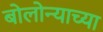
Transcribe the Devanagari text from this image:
बोलोन्याच्या